King Institute of Preventive Medicine Micro-Biological Section reports 1909-11
Year: 1909
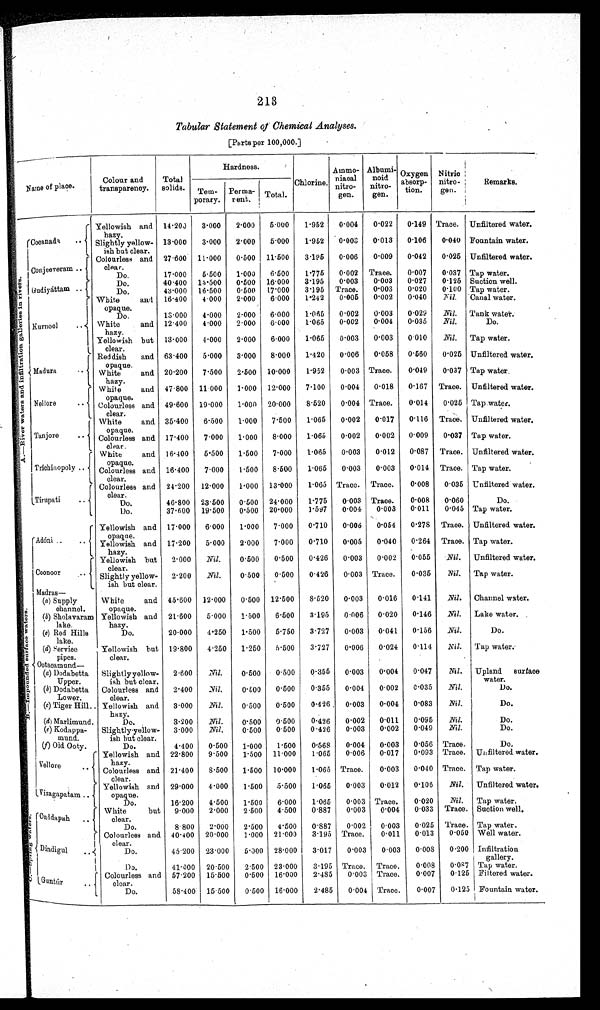
213
Tabular Statement of Chemical Analyses.
[Parts per 100,000.]
A . — R i v e r w a t e r s a n d i n f i l t r a t i o n g a l l a r i e s i n r i v e r s .
Name of Pl ace.
Colour and
transparency.
Total
solids.
Hardness.
Chlorine.
Ammo-
niacal
nitro..
gen.
Albumi-
noid
nitro-
gen.
Oxygen
absorp-
tion.
Nitric
nitro-
gen.
Remarks.
Tem-
porary.
Perma-
nent.
Total.
Cocanada ..
Yellowish and
hazy.
14.200
3.000
2.000
5.000
1.952
0.004
0.022
0.149 Trace. Unfiltered water.
Slightly yellow-
ish but clear.
13.000
3.000
2.000
5.000
1.952
0.003
0.013
0.106
0.040 Fountain water.
Conjeeveram ..
Colourless and
clear.
27.600 11.000
0.500 11.500
3.195
0.006
0.009
0.042 0.025
Unfiltered water.
Do.
17.000
5.500
1.000
6.500
1.775
0.002 Trace.
0.007
0.037 Tap water.
Gudiyáttam. .
Do.
40.400 15.500
0.500 16.000
3.195
0.003
0.003
0.027
0.125 Suction well.
Do.
43.000 16.500
0.500 17.000
3.195 Trace.
0.003
0.020
0.100
.
Tap water.
Kurnool
..
White
and
opaque.
16.400
4.000
2.000
6.000
1.242
0.005
0.002
0.040
Nil. Canal water.
Do.
13.000
4.000
2.000
6.000
1.065
0.002
0.003 0.029
Nil.
Tank water.
White and
hazy.
12.400
4.000
2.000
6.000
1.065
0.002
0.004
0.035
Nil.
Do.
Yellowish
but
clear.
13.000
4.000
2.000
6.000
1.065
0.003
0.003
0.010
.Nil. Tap water.
Madura
• •
Reddish
and
opaque.
63.400
5.000
3.000
8.000
1.420
0.006
0.058
0.560
0.025 Unfiltered water.
White
and
hazy.
20.200
7.500
2.500 10.000
1.952
0.003 Trace.
0.049
0.037 Tap water.
Nellore
White
and
opaque.
47.800 11.000
1.000 12.000
7.100
0.004
0.018
0.167 Trace. Unfiltered water.
Colourless and
clear.
49600 19.000
1.000 20.000
8.520
0.004 Trace.
0.014
0.025 Tap water.
Tanjore
. .
White
and
opaque.
35.400
6.500
1.000
7.500
1.065
0.002
0.017
0.116 Trace. Unfiltered water.
Colourless and
clear.
17.400
7.000
1.000
8.000
1.065
0.002
0.002
0.009
0.037 Tap water.
Trichinopoly .
White
and
opaque.
16.400
5.500
1.500
7.000
1.065
0.003
0.012
0.087 Trace. Unfiltered water.
Colourless and
clear.
16.400
7.000
1.500
8.500
1.065
0.003 0.003 0.014
Taace.
Tap water.
Tirupati
Colourless and
clear.
24.200
12.000
1.000 13.000
1.065 Trace. Trace.
0.008
0.035 Unfiltered water.
Do.
Do.
46.800
37.600
23.500
19.500
0.500
0.500
24.000
20.000
1.775
1.597
0.003
0.004
Trace.
0.003
0.008
0.011
0.060
0.045
Do.
Tap water.
B . — I m p o u n d e d s u r f a c e w a t e r s .
Adóni ..
Yellowish and
opaque.
17.000
6.000
1.000
7.000
0.710
0.006
0.054
0.278 Trace. Unfiltered. water..
Yellowish and
hazy.
17.200
5.000
2.000
7.000
0.710
0.005
0.040
0.264 Trace. Tap water.
Coonoor
Yellowish but
clear.
2.000
Nil.
0.500
0.500
0.126
0.003
0.002
0.055
.Nil. Unfiltered water.
Slightly yellow-
ish but clear.
2.200
Nil.
0.500
0.500
0.426
0.003 Trace.
0.035
Nil. Tap water.
Madras-
(a) Supply
channel.
White
and
opaque.
45.600 12.000
0.500 12.500
8.520
0.003
0.016
0.141
Nil. Channel water.
(b) Sholavaram
lake.
Yellowish and
hazy.
21.600
5.000
1.500
6.500
3.195
0.006
0.020
0.146
Nil.
Lake water.
(c) Red Hills
lake.
Do.
20.000
4.250
1.500
5.750
3.727
0.003
0.041
0.156
Nil.
Do.
(d) Service
pipes.
Yellowish but
clear.
19.800
4.250
1.250
5.500
3.727
0.006
0.024
0.114
Nil.
Tap water.
Ootammund—
(a) Dodabetta
Upper.
Slightly yellow-
ish but clear.
2.600
Nil.
0.500
0.500
0.355
0.003
0.004
0.047
Nil. Upland. surface
water.
(b) Dodabetta
Lower.
Colourless and
clear.
2.400
Nil.
0.500
0.500
0.355
0.004
0.002
0.035
Nil.
Do
.
(c) Tiger Hill.. Yellowish and
hazy.
3.000
Nil.
0.500
0.500
0.426
0.03
0.001
0.083
.Nil.
Do.
(d ) Marlimund.
Do.
3.200
Nil.
0.500
0.500
0.426
0.002
0.011
0.095
Nil.
Do.
(e) Kodappa-
mund.
Slightly yellow-
ish but clear.
3.000
Nil.
0.500
0.500
0.426
0.003
0.002
0.049
Nil.
Do.
(f) Old Ooty.
Do.
4.400
0.500
1.000
1.500
0.568
0.004
0.003
0.056 Trace.
Do.
Vellore
Yellowish and
hazy.
22.800
9500
1.500 11.000
1.065
0.006
0..017
0.093 Trace. Unfiltered water.
Colourless and
clear.
21.400
8.500
1.500 10.000
1.065 Trace.
0.003
0.040 Trace. Tap water.
Vizagapatam ..
Yellowish and
opaque.
29.000
4.000
1.500
5.500
1.065
0.003
0.012
0.106
.Nil. Unfiltered water.
Do.
16.200
4.500
1.500
6.000
1.065
0.003 Trace.
0.020
Nil.
Tap water.
C . — S p r i n g w C . C . . . . . . . . C . a t e r .
Cuddapah
..
White but
clear.
9.000
2.000
2.500
4.500
0.887
0.003
0.004
0.033 Trace. Suction well.
Do.
8.800
2.000
2.500
4.500
0.887
0.002
0.003
0.025Trace.
Tap water.
Dindigul
..
Colourless and
clear.
40.400 20.000
1.000 21.000
3.195 Trace.
0.011
0.013
0.050 Well water.
Do.
40.400 23.000
5.000 28.000
3.017
0.003
0.003
0.008
0.200 Infiltration
gallery.
Do.
41.000
20.500
2.500 23.000
3.195 Trace. Trace.
0.008
0.087 Tap water.
Guntúr
..
Colourless and
clear.
57.200
15.500
0.500 16.000
2.485
0.003 Trace.
0.007
0125 Filtered water.
Do.
58.400 15.500
0.500 16.000
2.485
0.004 Trace.
0.007
0.125 Fountain water.